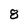
Character: 8